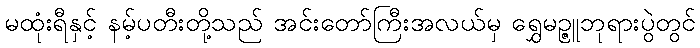
မထုံးရီနှင့် နမ့်ပတီးတို့သည် အင်းတော်ကြီးအလယ်မှ ရွှေမဉ္ဇူဘုရားပွဲတွင်